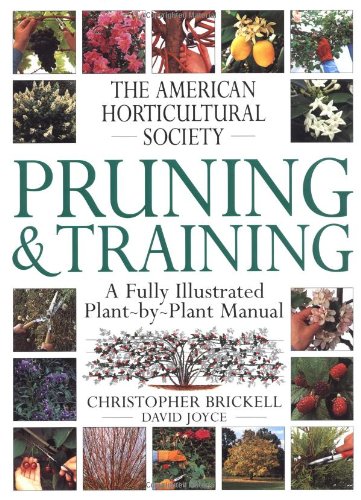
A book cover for American Horticultural Society Pruning & Training (American Horticultural Society Practical Guides); Christopher Brickell; Crafts, Hobbies & Home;